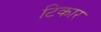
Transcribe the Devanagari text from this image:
टिकार